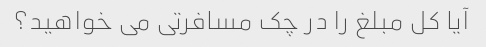
آیا کل مبلغ را در چک مسافرتی می خواهید؟